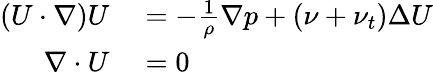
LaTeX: \begin{array}{rl}{(U\cdot\nabla)U}&{{}=-\frac{1}{\rho}\nabla p+(\nu+\nu_{t})\Delta U}\\ {\nabla\cdot U}&{{}=0}\end{array}